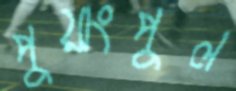
পুয়াংপুল